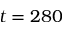
t = 2 8 0